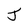
Character: J